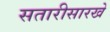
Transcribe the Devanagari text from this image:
सतारीसारखे